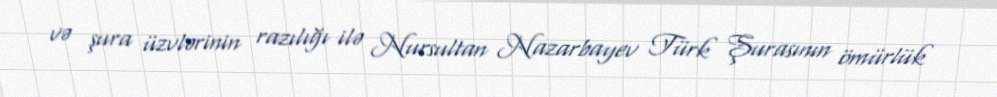
və şura üzvlərinin razılığı ilə Nursultan Nazarbayev Türk Şurasının ömürlük